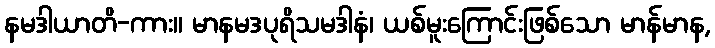
နမဒါယာတိ-ကား။ မာနမဒပုရိသမဒါနံ၊ ယစ်မူးကြောင်းဖြစ်သော မာန်မာန,